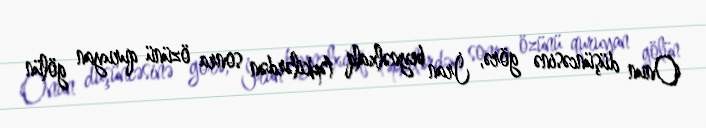
Onun düşüncəsinə görə, İran beynəlxalq təpkilərdən sonra özünü quruyan gölün